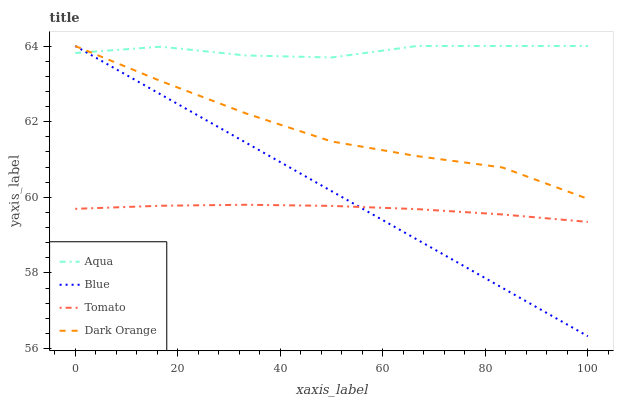
| xaxis_label | Aqua | Blue | Tomato | Dark Orange |
 | --- | --- | --- | --- | --- |
 | 0 | 63.8 | 64 | 59.7 | 64 |
 | 16.7 | 64 | 62.7 | 59.8 | 63.1 |
 | 33.3 | 63.7 | 61.4 | 59.8 | 62.2 |
 | 50 | 63.7 | 60.2 | 59.8 | 61.5 |
 | 66.7 | 64 | 58.9 | 59.7 | 61.1 |
 | 83.3 | 64 | 57.6 | 59.5 | 60.8 |
 | 100 | 64 | 56.3 | 59.3 | 60 |